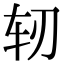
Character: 轫